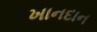
ખાનદાન